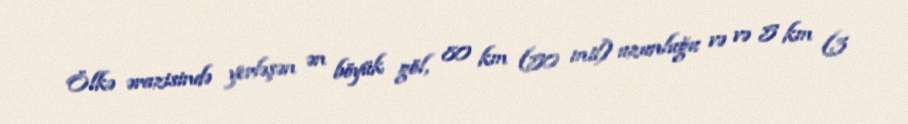
Ölkə ərazisində yerləşən ən böyük göl, 80 km (50 mil) uzunluğu və və 5 km (3